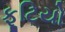
ફૂટિયો